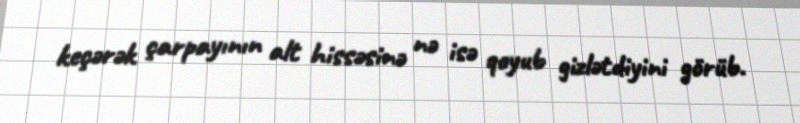
keçərək çarpayının alt hissəsinə nə isə qoyub gizlətdiyini görüb.